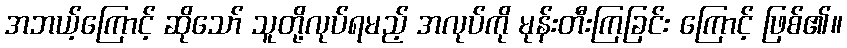
အဘယ့်ကြောင့် ဆိုသော် သူတို့လုပ်ရမည့် အလုပ်ကို မုန်းတီးကြခြင်း ကြောင့် ဖြစ်၏။